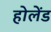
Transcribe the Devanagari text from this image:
होलेंड